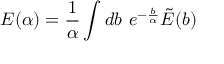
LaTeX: E ( \alpha ) = { \frac { 1 } { \alpha } } \int d b \ e ^ { - { \frac { b } { \alpha } } } \tilde { E } ( b )